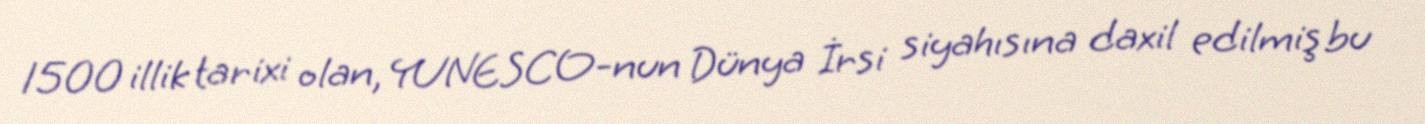
1500 illik tarixi olan, YUNESCO-nun Dünya İrsi siyahısına daxil edilmiş bu